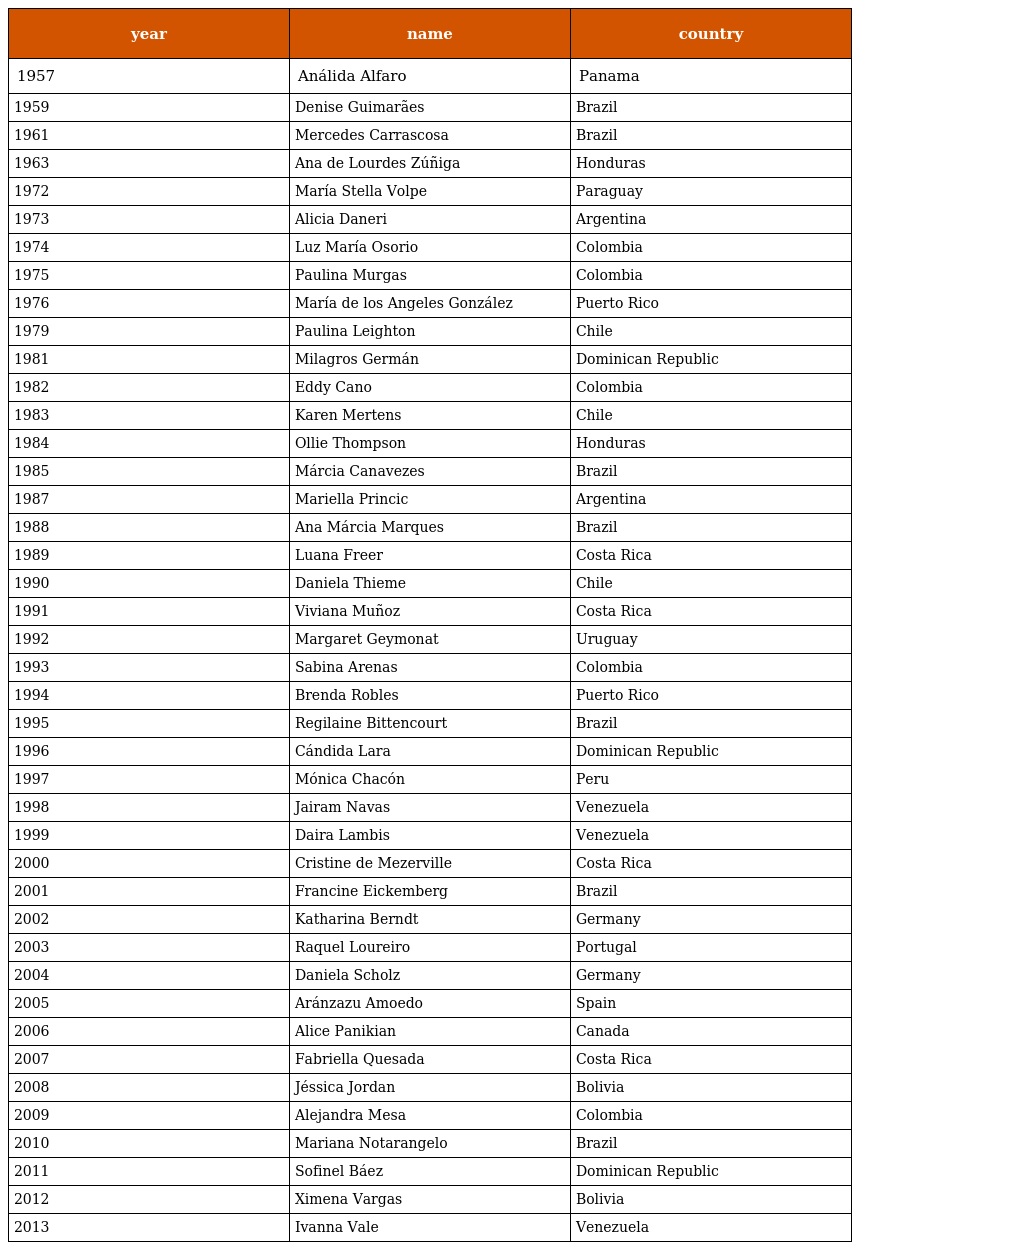
| year | name | country |
 | --- | --- | --- |
 | 1957 | Análida Alfaro | Panama |
 | 1959 | Denise Guimarães | Brazil |
 | 1961 | Mercedes Carrascosa | Brazil |
 | 1963 | Ana de Lourdes Zúñiga | Honduras |
 | 1972 | María Stella Volpe | Paraguay |
 | 1973 | Alicia Daneri | Argentina |
 | 1974 | Luz María Osorio | Colombia |
 | 1975 | Paulina Murgas | Colombia |
 | 1976 | María de los Angeles González | Puerto Rico |
 | 1979 | Paulina Leighton | Chile |
 | 1981 | Milagros Germán | Dominican Republic |
 | 1982 | Eddy Cano | Colombia |
 | 1983 | Karen Mertens | Chile |
 | 1984 | Ollie Thompson | Honduras |
 | 1985 | Márcia Canavezes | Brazil |
 | 1987 | Mariella Princic | Argentina |
 | 1988 | Ana Márcia Marques | Brazil |
 | 1989 | Luana Freer | Costa Rica |
 | 1990 | Daniela Thieme | Chile |
 | 1991 | Viviana Muñoz | Costa Rica |
 | 1992 | Margaret Geymonat | Uruguay |
 | 1993 | Sabina Arenas | Colombia |
 | 1994 | Brenda Robles | Puerto Rico |
 | 1995 | Regilaine Bittencourt | Brazil |
 | 1996 | Cándida Lara | Dominican Republic |
 | 1997 | Mónica Chacón | Peru |
 | 1998 | Jairam Navas | Venezuela |
 | 1999 | Daira Lambis | Venezuela |
 | 2000 | Cristine de Mezerville | Costa Rica |
 | 2001 | Francine Eickemberg | Brazil |
 | 2002 | Katharina Berndt | Germany |
 | 2003 | Raquel Loureiro | Portugal |
 | 2004 | Daniela Scholz | Germany |
 | 2005 | Aránzazu Amoedo | Spain |
 | 2006 | Alice Panikian | Canada |
 | 2007 | Fabriella Quesada | Costa Rica |
 | 2008 | Jéssica Jordan | Bolivia |
 | 2009 | Alejandra Mesa | Colombia |
 | 2010 | Mariana Notarangelo | Brazil |
 | 2011 | Sofinel Báez | Dominican Republic |
 | 2012 | Ximena Vargas | Bolivia |
 | 2013 | Ivanna Vale | Venezuela |